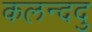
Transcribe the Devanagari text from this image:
कलन्ददु